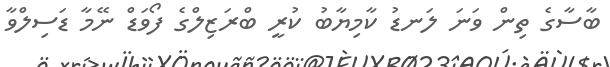
ބާސާގެ ތިން ވަނަ ލަނޑު ކާމިޔާބު ކުރީ ބްރަޒިލްގެ ފޯވަޑް ނޭމާ ޑަސިލްވާ